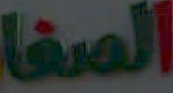
الصفا